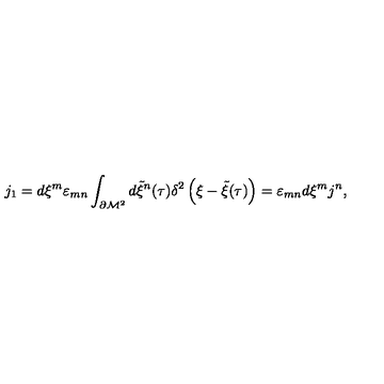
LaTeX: j _ { 1 } = d \xi ^ { m } \varepsilon _ { m n } \int _ { \partial { \cal M } ^ { 2 } } d { \tilde { \xi } } ^ { n } ( \tau ) \delta ^ { 2 } \left( \xi - { \tilde { \xi } } ( \tau ) \right) = \varepsilon _ { m n } d \xi ^ { m } j ^ { n } , \qquad